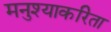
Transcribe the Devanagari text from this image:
मनुश्याकरिता